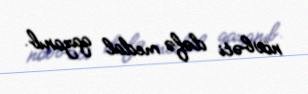
növbəti dəfə medal qazanıb.